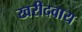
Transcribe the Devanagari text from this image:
खरीदवाय